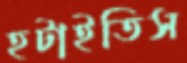
হটাইতিস